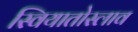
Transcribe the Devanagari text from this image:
स्वियातोस्लाव